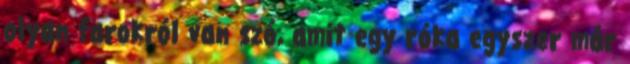
olyan farokról van szó, amit egy róka egyszer már